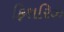
ફિશરિઝ